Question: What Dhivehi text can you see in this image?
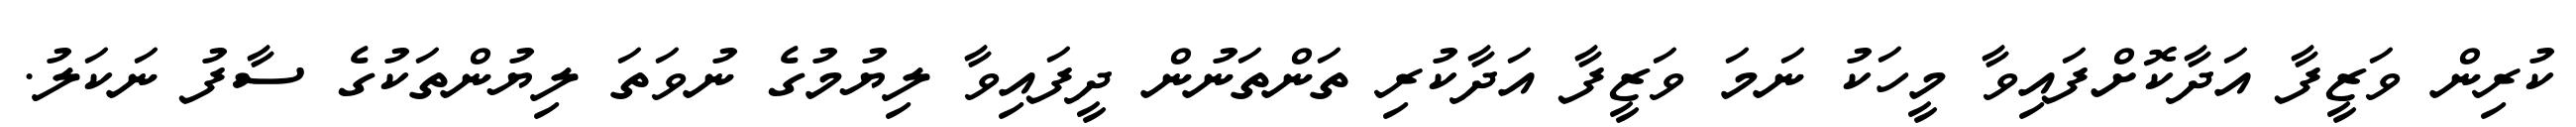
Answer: ކުރިން ވަޒީފާ އަދާކޮށްފައިވާ މީހަކު ނަމަ ވަޒީފާ އަދާކުރި ތަންތަނުން ދީފައިވާ ލިޔުމުގެ ނުވަތަ ލިޔުންތަކުގެ ސާފު ނަކަލު.